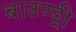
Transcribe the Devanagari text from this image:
बाउण्ड्री